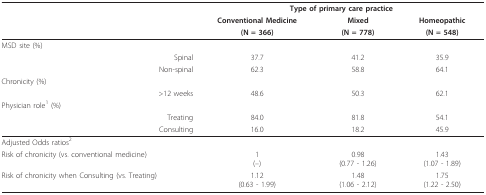
|  | <COLSPAN=3> Type of primary care practice |
 |  | Conventional Medicine | Mixed | Homeopathic |
 |  | (N = 366) | (N = 778) | (N = 548) |
 | --- | --- | --- | --- |
 | MSD site (%) |  |  |  |
 | Spinal | 37.7 | 41.2 | 35.9 |
 | Non-spinal | 62.3 | 58.8 | 64.1 |
 | Chronicity (%) |  |  |  |
 | >12 weeks | 48.6 | 50.3 | 62.1 |
 | Physician role1 (%) |  |  |  |
 | Treating | 84.0 | 81.8 | 54.1 |
 | Consulting | 16.0 | 18.2 | 45.9 |
 | Adjusted Odds ratios2 |  |  |  |
 | Risk of chronicity (vs. conventional medicine) | 1(--) | 0.98(0.77 - 1.26) | 1.43(1.07 - 1.89) |
 | Risk of chronicity when Consulting (vs. Treating) | 1.12(0.63 - 1.99) | 1.48(1.06 - 2.12) | 1.75(1.22 - 2.50) |